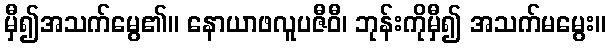
မှီ၍အသက်မွေ၏။ နောယာဖလူပဇီဝီ၊ ဘုန်းကိုမှီ၍ အသက်မမွေး။